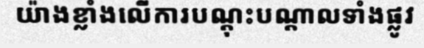
យ៉ាងខ្លាំងលើការបណ្តុះបណ្តាលទាំងផ្លូវ